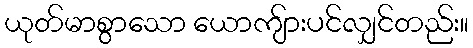
ယုတ်မာစွာသော ယောကျ်ားပင်လျှင်တည်း။